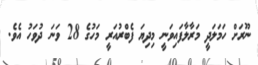
ނޫރަށް ހަމަލަދީ މަރާލާފައިވަނީ މިދިޔަ ފެބްރުއަރީ މަހުގެ 28 ވަނަ ދުވަހު އެވެ.